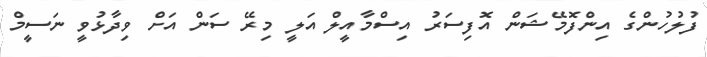
ފުލުހުންގެ އިންފޮމޭޝަން އޮފިސަރު އިސްމާއީލް އަލީ މިރޭ ސަން އަށް ވިދާޅުވީ ނަސީމް